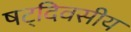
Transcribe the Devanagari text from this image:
षट्‌दिवसीय